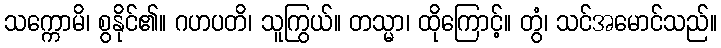
သက္ကောမိ၊ စွနိုင်၏။ ဂဟပတိ၊ သူကြွယ်။ တသ္မာ၊ ထိုကြောင့်။ တွံ၊ သင်အမောင်သည်။